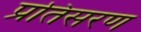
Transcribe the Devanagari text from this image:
प्रतिसरण